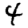
Digit: 4